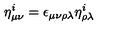
\eta _ { \mu \nu } ^ { i } = \epsilon _ { \mu \nu \rho \lambda } \eta _ { \rho \lambda } ^ { i }